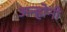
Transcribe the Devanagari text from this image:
अन्होनी